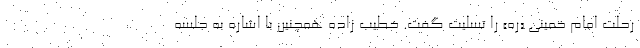
رحلت امام خمینی «ره» را تسلیت گفت. خطیب زاده همچنین با اشاره به جلسه